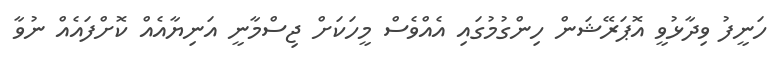
ހަނީފު ވިދާޅުވީ އޮޕަރޭޝަން ހިންގުމުގައި އެއްވެސް މީހަކަށް ޖިސްމާނީ އަނިޔާއެއް ކޮށްފައެއް ނުވާ